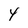
Character: 4